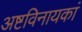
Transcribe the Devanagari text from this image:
अष्टविनायकां